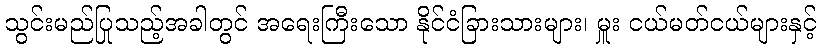
သွင်းမည်ပြုသည့်အခါတွင် အရေးကြီးသော နိုင်ငံခြားသားများ၊ မှူး ငယ်မတ်ငယ်များနှင့်